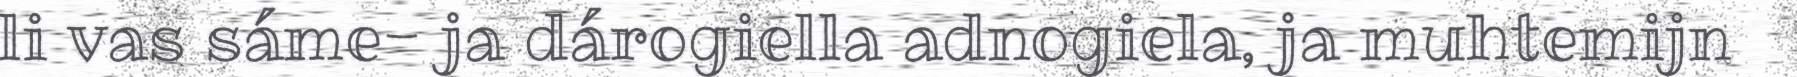
li vas sáme- ja dárogiella adnogiela, ja muhtemijn